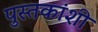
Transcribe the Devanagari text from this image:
पुस्तकांशी